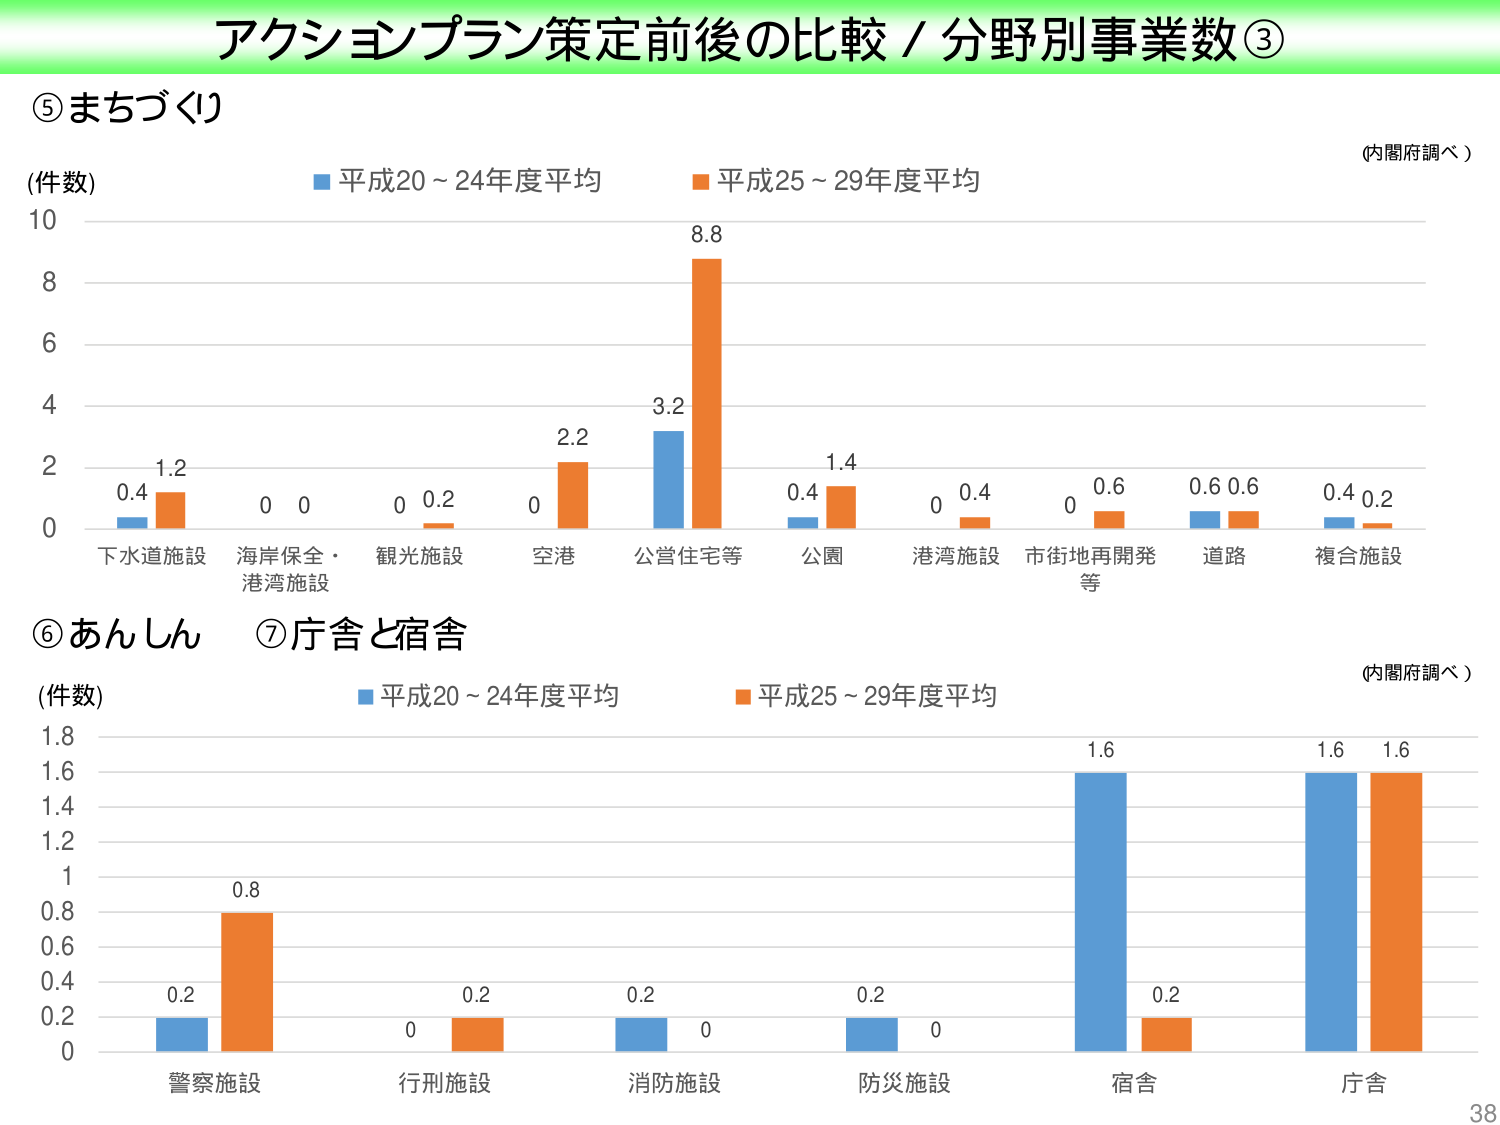
アクションプラン策定前後の比較 / 分野別事業数③

⑤まちづくり

(件数)
■ 平成20～24年度平均
■ 平成25～29年度平均

下水道施設 0.4 1.2
海岸保全・港湾施設 0 0
観光施設 0 0.2
空港 0 2.2
公営住宅等 3.2 8.8
公園 0.4 1.4
港湾施設 0 0.4
市街地再開発等 0 0.6
道路 0.6 0.6
複合施設 0.4 0.2

(内閣府調べ)

⑥あんしん ⑦庁舎と宿舎

(件数)
■ 平成20～24年度平均
■ 平成25～29年度平均

警察施設 0.2 0.8
行刑施設 0 0.2
消防施設 0.2 0
防災施設 0.2 0
宿舎 1.6 0.2
庁舎 1.6 1.6

(内閣府調べ)

38